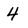
Character: 4